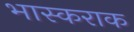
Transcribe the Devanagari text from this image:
भास्कराक